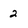
Character: 2